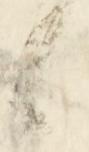
候